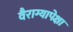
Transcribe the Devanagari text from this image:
वैराग्यापेक्षा